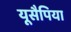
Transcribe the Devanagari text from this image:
यूसैपिया